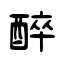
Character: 醉